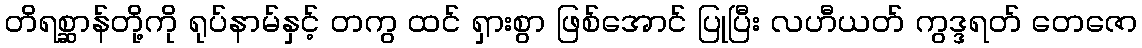
တိရစ္ဆာန်တို့ကို ရုပ်နာမ်နှင့် တကွ ထင် ရှားစွာ ဖြစ်အောင် ပြုပြီး လဟီယတ် ကွဒ္ဒရတ် တေဇော